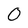
Character: 0